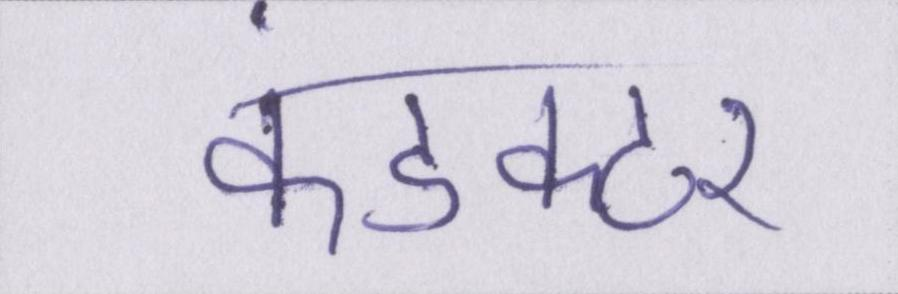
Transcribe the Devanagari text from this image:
कंडक्टर